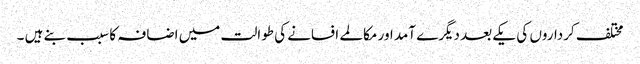
مختلف کرداروں کی یکے بعد دیگرے آمد اور مکالمے افسانے کی طوالت میں اضافہ کا سبب بنے ہیں ۔